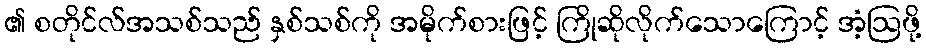
၏ စတိုင်လ်အသစ်သည် နှစ်သစ်ကို အမိုက်စားဖြင့် ကြိုဆိုလိုက်သောကြောင့် အံ့ဩဖို့